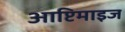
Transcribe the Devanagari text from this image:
आप्टिमाइज